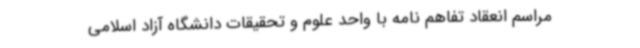
مراسم انعقاد تفاهم نامه با واحد علوم و تحقیقات دانشگاه آزاد اسلامی